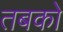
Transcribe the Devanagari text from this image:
तबको